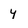
Character: y